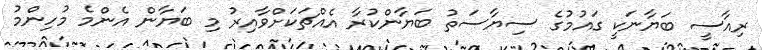
ރިއާސީ ބަޔާނަކީ ގައުމުގެ ސިޔާސަތު ބަޔާންކުރާ އެއްޗަކަށްވާއިރު މި ބަޔާން އެންމެ މުހިންމު